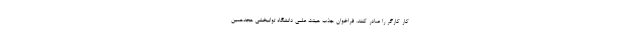
کار کارگر را صادر کنند. فراخوان جذب هیئت علمی دانشگاه توانبخشی هجدهمین